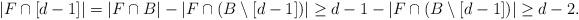
LaTeX: \begin{align*}\begin{aligned}|F\cap [d-1]|=|F\cap B|-|F\cap(B\setminus[d-1])|\geq d-1-|F\cap(B\setminus[d-1])|\geq d-2.\end{aligned}\end{align*}